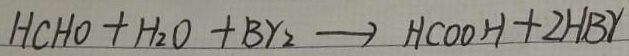
H C H O + H _ { 2 } O + B r _ { 2 } \rightarrow H C O O H + 2 H B r